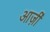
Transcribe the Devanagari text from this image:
आर्ज़ी